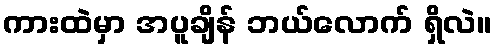
ကားထဲမှာ အပူချိန် ဘယ်လောက် ရှိလဲ။